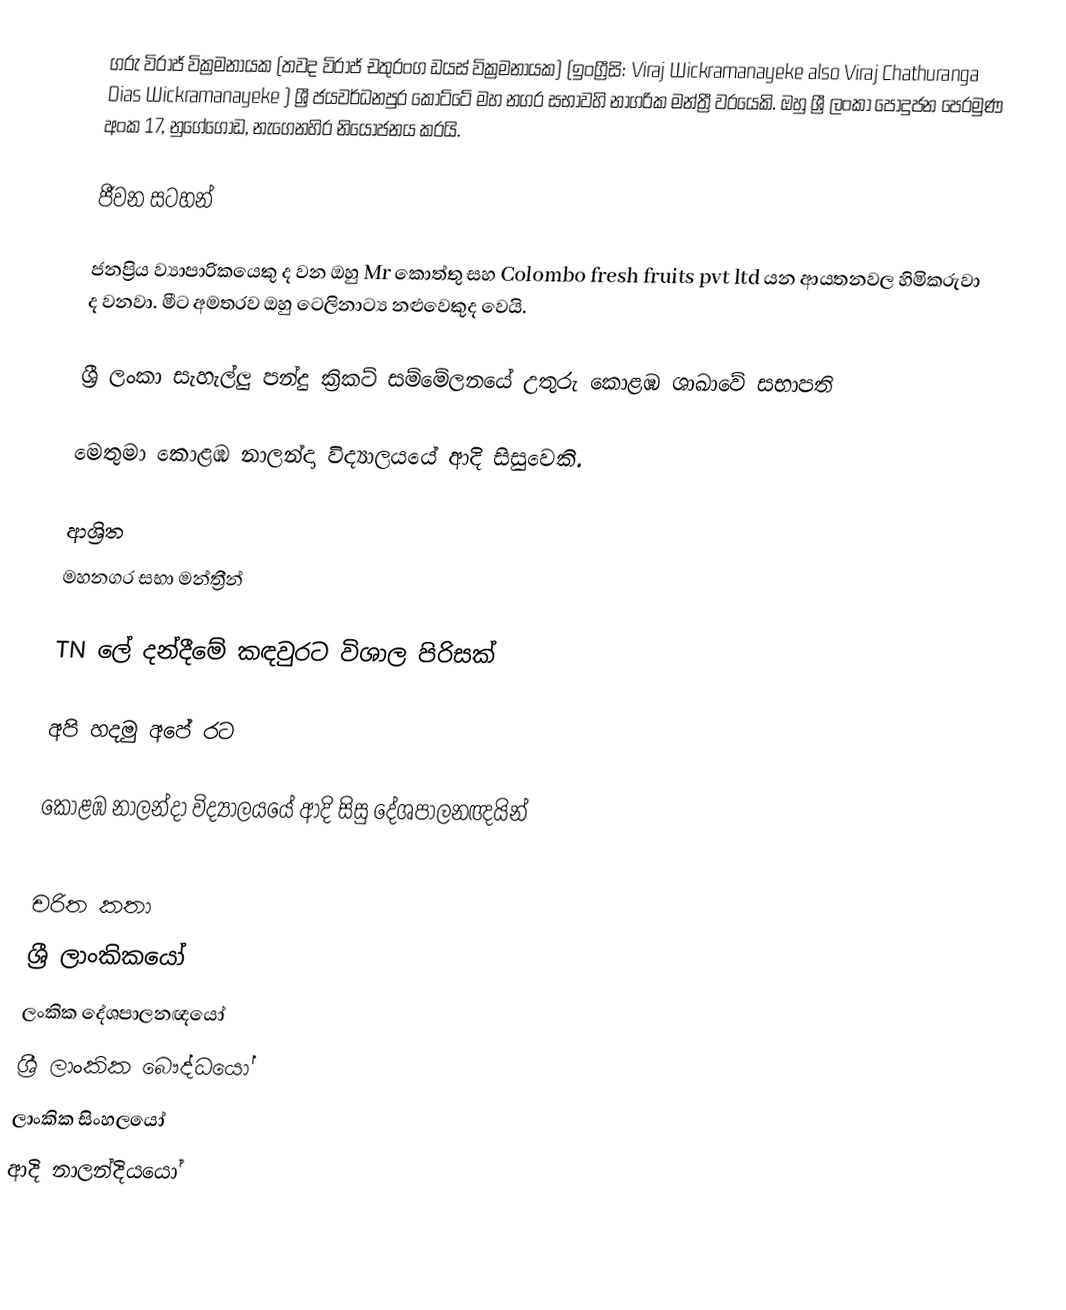
ගරු විරාජ් වික්‍රමනායක (තවද විරාජ් චතුරංග ඩයස් වික්‍රමනායක) (ඉංග්‍රීසි: Viraj Wickramanayeke also Viraj Chathuranga Dias Wickramanayeke ) ශ්‍රී ජයවර්ධනපුර කෝට්ටේ මහ නගර සභාවහි නාගරික මන්ත්‍රී වරයෙකි. ඔහු ශ්‍රී ලංකා පොදුජන පෙරමුණ අංක 17, නුගේගොඩ, නැගෙනහිර නියෝජනය කරයි.

ජීවන සටහන්

ජනප්‍රිය ව්‍යාපාරිකයෙකු ද වන ඔහු Mr කොත්තු සහ Colombo fresh fruits pvt ltd යන ආයතනවල හිමිකරුවා ද වනවා. මීට අමතරව ඔහු ටෙලිනාට්‍ය නළුවෙකුද වෙයි.

ශ්‍රී ලංකා සැහැල්ලු පන්දු ක්‍රිකට් සම්මේලනයේ උතුරු කොළඹ ශාඛාවේ සභාපති

මෙතුමා  කොළඹ නාලන්දා විද්‍යාලයයේ ආදි සිසුවෙකි.

ආශ්‍රිත
 මහනගර සභා මන්ත්‍රීන්

 TN ලේ දන්දීමේ කඳවුරට විශාල පිරිසක්

 අපි හදමු අපේ රට

 කොළඹ නාලන්දා විද්‍යාලයයේ ආදි සිසු දේශපාලනඥයින්

චරිත කතා
ශ්‍රී ලාංකිකයෝ
ලංකික දේශපාලනඥයෝ
ශ්‍රී ලාංකික බෞද්ධයෝ
ලාංකික සිංහලයෝ
ආදි නාලන්දියයෝ